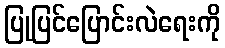
ပြုပြင်ပြောင်းလဲရေးကို